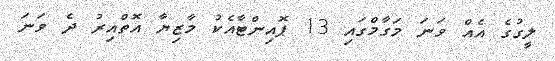
ލީގުގެ އެއް ވަނަ މަގާމްގައި 13 ޕޮއިންޓާއެކު މާޒިޔާ އޮތްއިރު ދެ ވަނަ